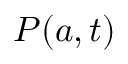
P ( \boldsymbol { a } , t )